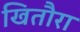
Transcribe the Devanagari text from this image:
खितौरा